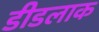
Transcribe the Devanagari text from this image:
डीडलाक